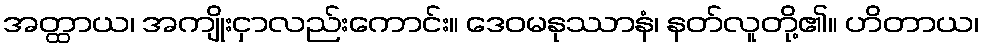
အတ္ထာယ၊ အကျိုးငှာလည်းကောင်း။ ဒေဝမနုဿာနံ၊ နတ်လူတို့၏။ ဟိတာယ၊